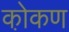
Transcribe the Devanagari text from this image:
को़कण